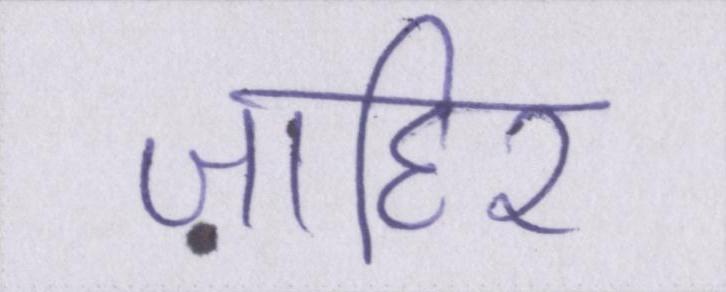
ज़ाहिर